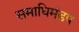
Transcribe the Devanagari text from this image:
समाधिमंडप